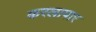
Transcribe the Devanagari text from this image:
करलापार